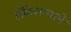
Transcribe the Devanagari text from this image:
लँकेशायरने